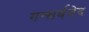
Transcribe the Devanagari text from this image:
गन्धर्ववेद